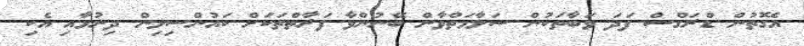
އެގޮތުން ޑްރަގްސް ފަދަ ވަބާތަކުން ސަލާމަތްވާން ބޭނުންވާ ފަރާތްތަކަށް ކައުންސިލިން ދިނުމާއި އެކި